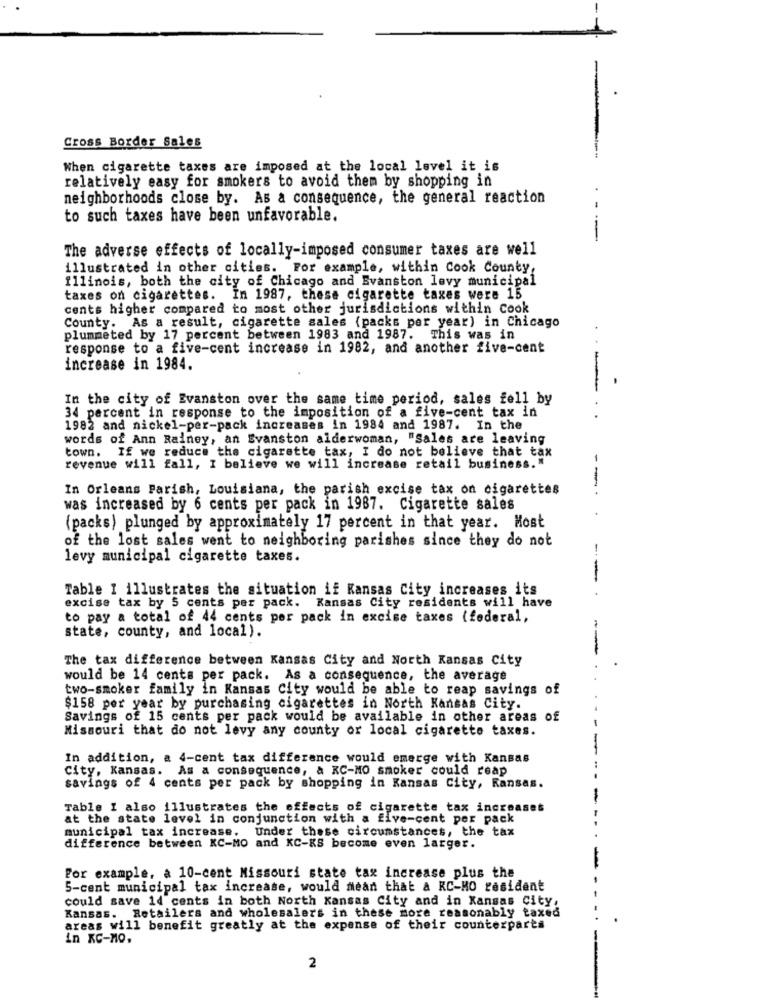
Cross Border Sales
When cigarette taxes are imposed at the local level it is
relatively easy for smokers to avoid them by shopping in
neighborhoods close by. As a consequence, the general reaction
to such taxes have been unfavorable.
---
The adverse effects of locally-imposed consumer taxes are well
illustrated in other cities. For example, within Cook County,
Illinois, both the city of Chicago and Evanston levy municipal
taxes on cigarettes. In 1987, these cigarette taxes were 15
cents higher compared to most other jurisdictions within Cook
County. As a result, cigarette sales (packs per year) in Chicago
plummeted by 17 percent between 1983 and 1987. This was in
response to a five-cent increase in 1982, and another five-cent
--
increase in 1984.
-
In the city of Evanston over the same time period, sales fell by
34 percent in response to the imposition of a five-cent tax in
1982 and nickel-per-pack increases in 1984 and 1987. In the
words of Ann Rainey, an Evanston alderwoman, "Sales are leaving
town. If we reduce the cigarette tax, I do not believe that tax
revenue will fall, I believe we will increase retail business."
In Orleans Parish, Louisiana, the parish excise tax on cigarettes
---
was increased by 6 cents per pack in 1987. Cigarette sales
(packs) plunged by approximately 17 percent in that year. Most
of the lost sales went to neighboring parishes since they do not
levy municipal cigarette taxes.
--
Table I illustrates the situation if Kansas City increases its
excise tax by 5 cents per pack. Kansas City residents will have
to pay a total of 44 cents per pack in excise taxes (federal,
state, county, and local).
The tax difference between Kansas City and North Kansas City
would be 14 cents per pack. As a consequence, the average
two-smoker family in Kansas City would be able to reap savings of
$158 per year by purchasing cigarettes in North Kansas City.
Savings of 15 cents per pack would be available in other areas of
Missouri that do not levy any county or local cigarette taxes.
In addition, a 4-cent tax difference would emerge with Kansas
City, Kansas. As a consequence, à KC-MO smoker could reap
savings of 4 cents per pack by shopping in Kansas City, Kansas.
Table I also illustrates the effects of cigarette tax increases
at the state level in conjunction with a five-cent per pack
municipal tax increase. Under these circumstances, the tax
difference between KC-MO and KC-KS become even larger.
For example, a 10-cent Missouri state tax increase plus the
5-cent municipal tax increase, would mean that & RC-HO resident
could save 14 cents in both North Kansas City and in Kansas City,
Kansas. Retailers and wholesalers in these more reasonably taxed
areas will benefit greatly at the expense of their counterparts
in KC-NO.
2